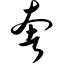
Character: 奢